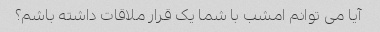
آیا می توانم امشب با شما یک قرار ملاقات داشته باشم؟